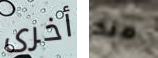
أخرى منذ